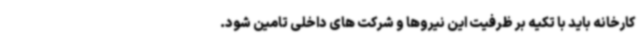
کارخانه باید با تکیه بر ظرفیت این نیروها و شرکت های داخلی تامین شود.